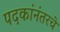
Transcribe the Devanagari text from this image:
पदकांनंतरचे